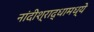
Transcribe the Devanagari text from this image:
नांदीश्राद्धामध्ये